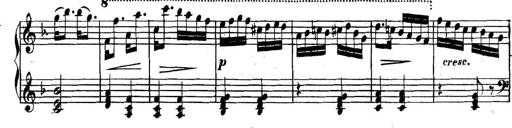
Title: Collected Piano Sonatas
Composer: Muzio Clementi